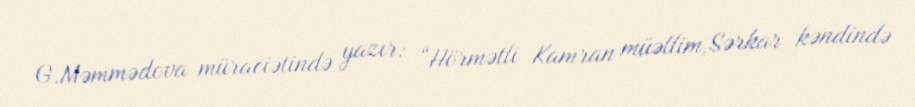
G.Məmmədova müraciətində yazır: “Hörmətli Kamran müəllim,Sərkar kəndində